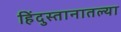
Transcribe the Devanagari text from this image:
हिंदुस्तानातल्या